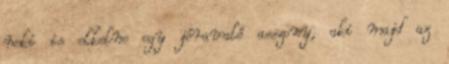
neki is elkelne egy jóravaló asszony, aki majd az